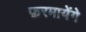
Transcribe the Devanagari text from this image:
फ़रमायेंगे